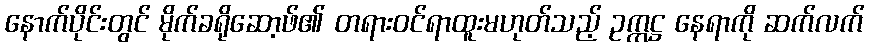
နောက်ပိုင်းတွင် မိုက်ခရိုဆော့ဖ်၏ တရားဝင်ရာထူးမဟုတ်သည့် ဥက္ကဋ္ဌ နေရာကို ဆက်လက်